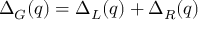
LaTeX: \Delta _ { G } ( q ) = \Delta _ { L } ( q ) + \Delta _ { R } ( q )